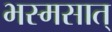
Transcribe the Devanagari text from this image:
भस्मसात्